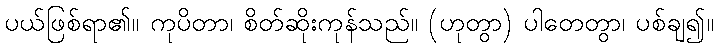
ပယ်ဖြစ်ရာ၏။ ကုပိတာ၊ စိတ်ဆိုးကုန်သည်။ (ဟုတွာ) ပါတေတွာ၊ ပစ်ချ၍။